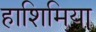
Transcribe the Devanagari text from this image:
हाशिमिया